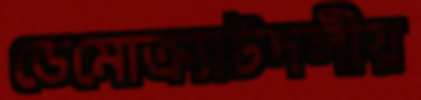
ডেমোক্র্যাটদলীয়